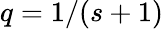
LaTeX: q=1/(s+1)